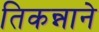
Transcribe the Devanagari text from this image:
तिकन्नाने